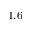
1 . 6